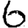
Digit: 6